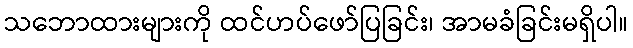
သဘောထားများကို ထင်ဟပ်ဖော်ပြခြင်း၊ အာမခံခြင်းမရှိပါ။